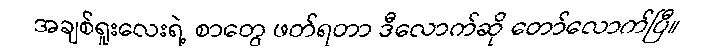
အချစ်ရူးလေးရဲ့ စာတွေ ဖတ်ရတာ ဒီလောက်ဆို တော်လောက်ပြီ။